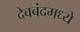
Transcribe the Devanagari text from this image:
देवबंदमध्ये